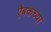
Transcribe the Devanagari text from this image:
ऐबकच्या